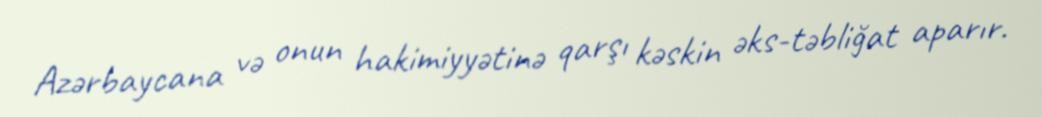
Azərbaycana və onun hakimiyyətinə qarşı kəskin əks-təbliğat aparır.